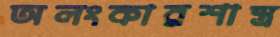
অলংকারশাস্ত্র